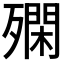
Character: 𣩝